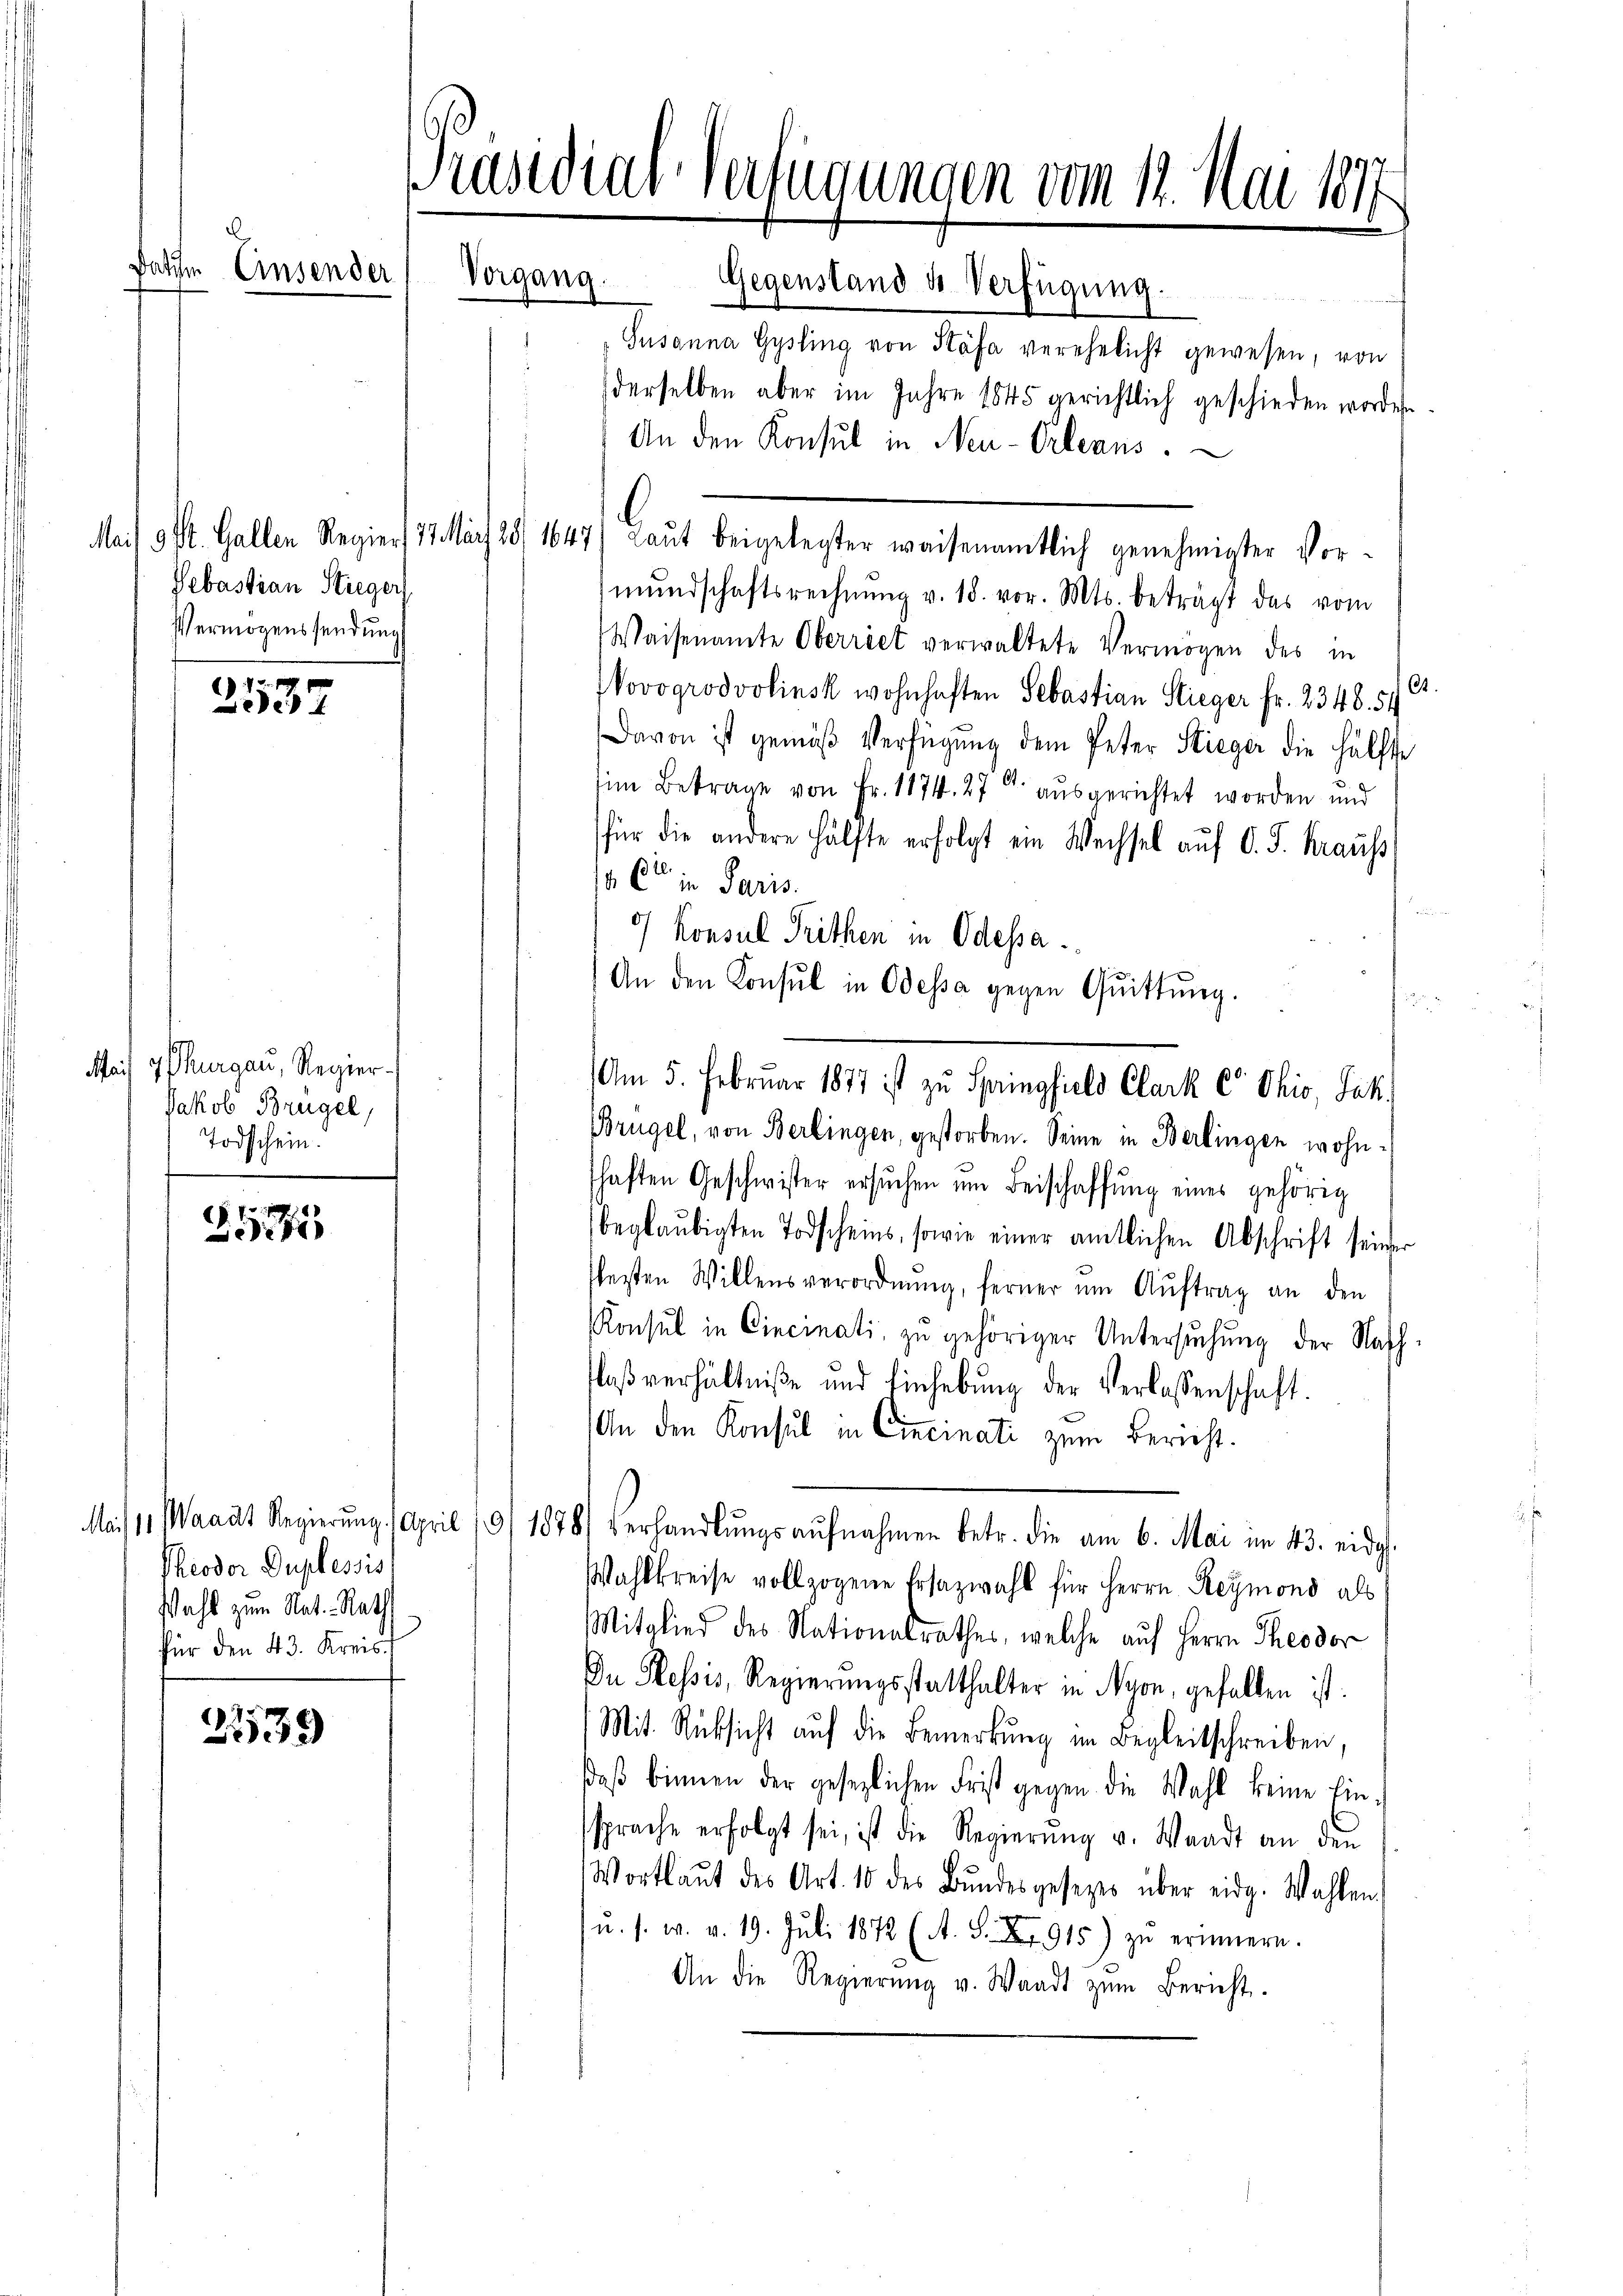
Datte Einsender

.

Sebastian Stieger
Vermögenssendung

72 189
Lede

Mit 4 Thurgau, Regier
Jakob Brügel,
Todschein.

f
111

Theodor Duplessis
Wahl zum Nat. Rath
für den 43. Kreis

2539

Präsidial-Verfügungen vom 12. Mai 1877.
Vorgang.
Gegenstand ds Verfügung.

Gusanna Gysling von Stäfa verehelicht gewesen, von
derselben aber im Jahre 1845 gerichtlich geschieden worden
An den Konsul in Neu-Orleans
Mais 9 St. Gallen Regier, 27. März 28. 1647) Laŭt beigelegter waisenamtlich genehmigter Vor-
mŭndschaftsrechnŭng v. 18. vor. Mts. beträgt das vom
Waisenamte Oberriet verwaltete Vermögen des in
Novogrodvolinsk wohnhaften Sebastian Stieger fr. 2348. 57
Davon ist gemäß Verfügung dem Peter Stieger die Hälfte
im Betrage von Fr. 1174. 27 ausgerichtet worden und
für die andere Hälfte erfolgt ein Wechsel aŭf d. J. Krauss
 C in Paris.
) Konsul Trithen in Odessa.
An den Konsul in Odessa gegen Quittung.
Am 5. Februar 1877 ist zu Springfiels Clark co Ohio, Jak.
Brügel, von Berlingen, gestorben. Seine in Berlingen wohnhaften Geschwister ersŭchen ŭm Beischaffŭng eines gehörig
beglaubigten Todscheins, sowie einer amtlichen Abschrift seiner
sheiten Willensverordnŭng, ferner ŭm Aŭftrag an den
Konsul in Cincinati, zu gehöriger Untersŭchŭng der Nach-
flaßverhältniße und Einhebung der Verlassenschaft.
An den Konsul in Cincinati zum Bericht.
Mais 11. Waadt Regierŭng. April 19/ 1878) verhandlŭngs aŭfnahmen betr. die am 6. Mai im 43. eidg
Wahlkreise vollzogene Ersazwahl für Herrn Reymond als
Mitglied des Nationalrathes, welche auf Herrn Theodor
Du Hessis, Regierungsstatthalter in Nyon, gefallen ist.
Mit Rücksicht auf die Bemerkung im Begleitschreiben,
Daß binnen der gesezlichen Frist gegen die Wahl keine Einsprache erfolgt sei, ist die Regierŭng v. Waadt an den
Wortlaut des Art. 10 des Bŭndesgesezes über eidg. Wahlen.
u. s. w. v. 19. Jŭli 1872 (A. S. X. 915) zŭ erinnern.
An die Regierŭng v. Waadt zŭm Bericht.